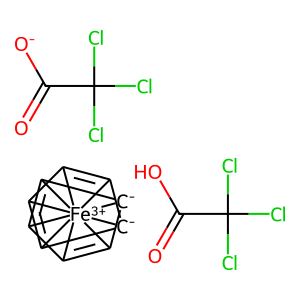
SMILES: C12=C3[C-]4C5=C1[Fe+3]23541678C2=C1[C-]6C7=C28.O=C(O)C(Cl)(Cl)Cl.O=C([O-])C(Cl)(Cl)Cl
Inhibits HIV replication: No